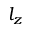
l _ { z }